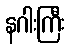
နဂါးကြီး